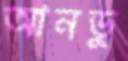
আনডু